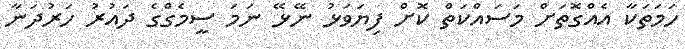
ހަމަތަކާ އެއްގޮތަށް މަސައްކަތް ކޮށް ފިޔަވަޅު ނޭޅޭ ނަމަ ސީމެގްގެ ދައުރު ހަރުދަނާ